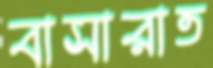
বাসারাত